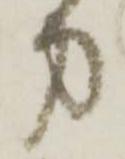
力